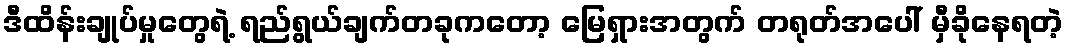
ဒီထိန်းချုပ်မှုတွေရဲ့ ရည်ရွယ်ချက်တခုကတော့ မြေရှားအတွက် တရုတ်အပေါ် မှီခိုနေရတဲ့